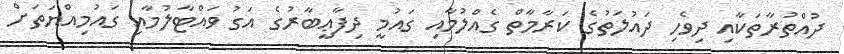
ދުއްތުރާތަކާއި ދިވެހި ދައުލަތުގެ ކަރާމާތް ގެއްލުމާއި ގައުމީ ދިފާޢީބާރުގެ އަގު ވައްޓާލުމާއި ގައުމިއްޔަތަށް